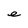
Character: e